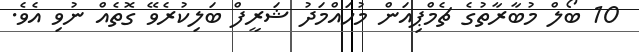
10 ބޯލް މުބާރާތުގެ ޗެމްޕިއަން މުހައްމަދު ޝަރީފް ބަލިކުރެވޭ ގޮތެއް ނުވި އެވެ.